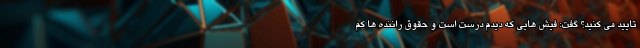
تایید می کنید؟ گفت: فیش هایی که دیدم درست است و حقوق راننده ها کم